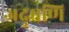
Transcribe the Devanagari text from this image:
जदुमणि